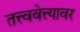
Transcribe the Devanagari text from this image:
तत्त्ववेत्त्यावर